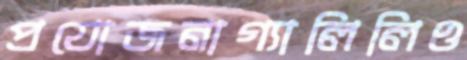
প্রযোজনাগ্যালিলিও